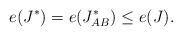
LaTeX: \begin{align*}e(J^*) = e(J^*_{AB}) \le e(J). \end{align*}